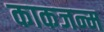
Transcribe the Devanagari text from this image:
काकजन्म